Annual report of the Punjab Veterinary College and of the Civil Veterinary Department, Punjab - 1894-1908
Year: 1894
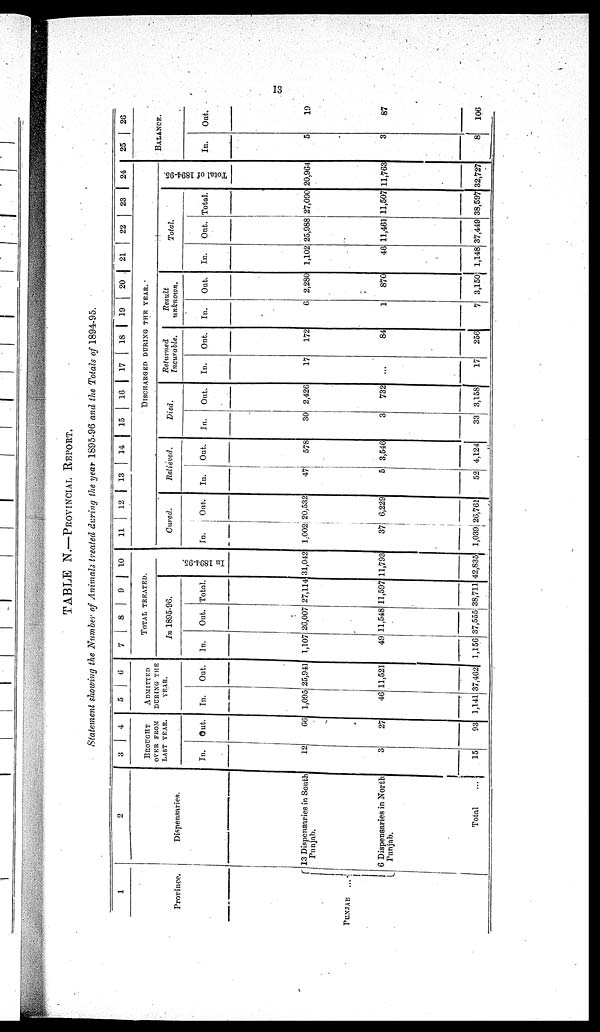
13
TABLE N.—PROVINCIAL REPORT.
Statement showing the Number of Animals treated during the year 1895-96 and the Totals of 1894-95.
1
Province.
PUNJAB ...
2
Dispensaries.
13 Dispensaries in South
Punjab.
6 Dispensaries in North
Punjab.
Total
...
3
4
BROUGHT
OVER FROM
LAST YEAR.
In.
12
3
15
Out.
66
27
93
5
6
ADMITTED
DURING THE
YEAR.
In
1,095
46
1,141
Out.
25,94
11,521
37,462
7 8
9
10
TOTAL TREATED.
In 1895-96.
In.
1,107
49
1,156
Out.
26,007
11,548
37,555
Total.
27,114
11,597
38,711
In 1894-95.
31,042
11,793
42,835
11
12 13
14 15 16 17 18 19 20 21 22 23 24
DISCHARGED DURING THE YEAR.
Cured.
In.
1,002
37
1,039
Out.
20,532
6,229
26,761
Relieved.
In.
47
5
52
Out.
578
3,546
4,124
Died.
In.
30
3
33
Out.
2,426
732
3,158
Returned
Incurable.
In.
17
...
17
Out.
172
84
256
Result
unknown.
In.
6
1
7
Out.
2,280
870
3,150
Total.
In.
1,102
46
1,148
Out.
25,988
11,461
37,449
Total.
27,090
11,507
38,597
Total of 1894-95.
20,964
11,763
32,727
25
26
BALANCE.
In.
5
3
8
Out.
19
87
106